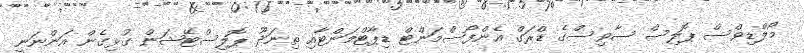
މޯލްޑިވްސް ޕޮލިސް ސާވިސްގެ ޑްރަގް އެންފޯސްމަންޓް ޑިޕާޓްމަންޓާއި ތިނަދޫ ޕޮލިސްޓޭޝަން ގުޅިގެން އަންނަނީ